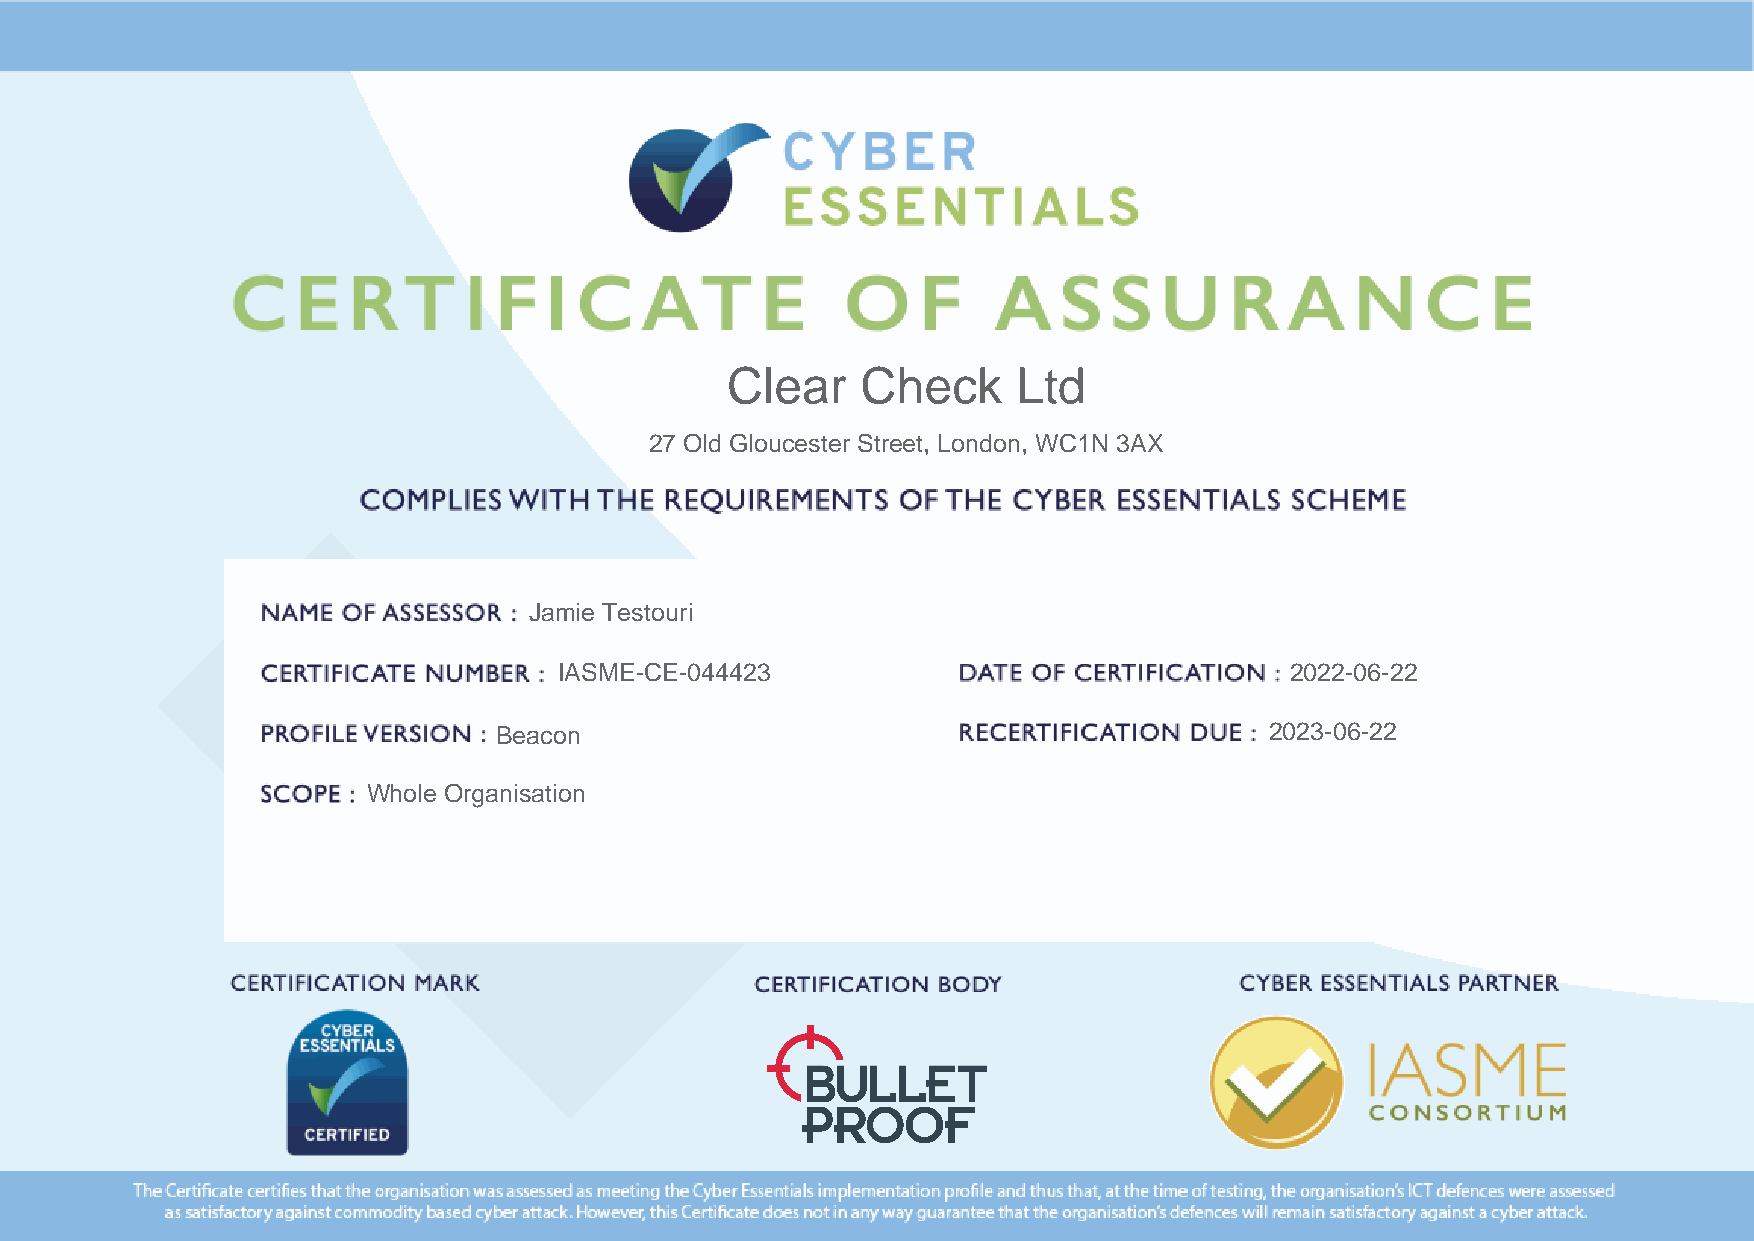
Clear    Check     Ltd
 27 Old Gloucester Street, London, WC1N 3AX
 Jamie Testouri
 IASME-CE-044423                                 2022-06-22
 Beacon                                             2023-06-22
 Whole Organisation
 Powered by TCPDF (www.tcpdf.org)